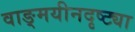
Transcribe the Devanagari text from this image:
वाङ्‌मयीनदृष्ट्या